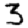
Digit: 3